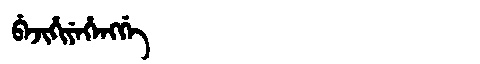
Manchu: ᠪᡝᠵᡳᡥᡳᠶᡝᡥᡝᠩᡤᡝ
Romanization: BEJIHIYEHENGGE